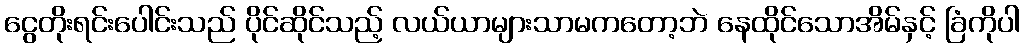
ငွေတိုးရင်းပေါင်းသည် ပိုင်ဆိုင်သည့် လယ်ယာများသာမကတော့ဘဲ နေထိုင်သောအိမ်နှင့် ခြံကိုပါ